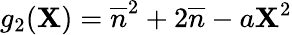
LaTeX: g_{2}(\mathbf{X})=\overline{{{{n}}}}^{2}+2\overline{{{{n}}}}-a\mathbf{X}^{2}